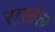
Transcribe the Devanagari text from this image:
राखेल